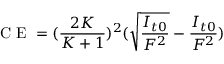
\textrm { C E } = ( \frac { 2 K } { K + 1 } ) ^ { 2 } ( \sqrt { \frac { I _ { t 0 } } { F ^ { 2 } } } - \frac { I _ { t 0 } } { F ^ { 2 } } )